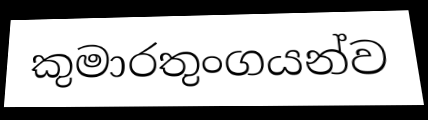
කුමාරතුංගයන්ව